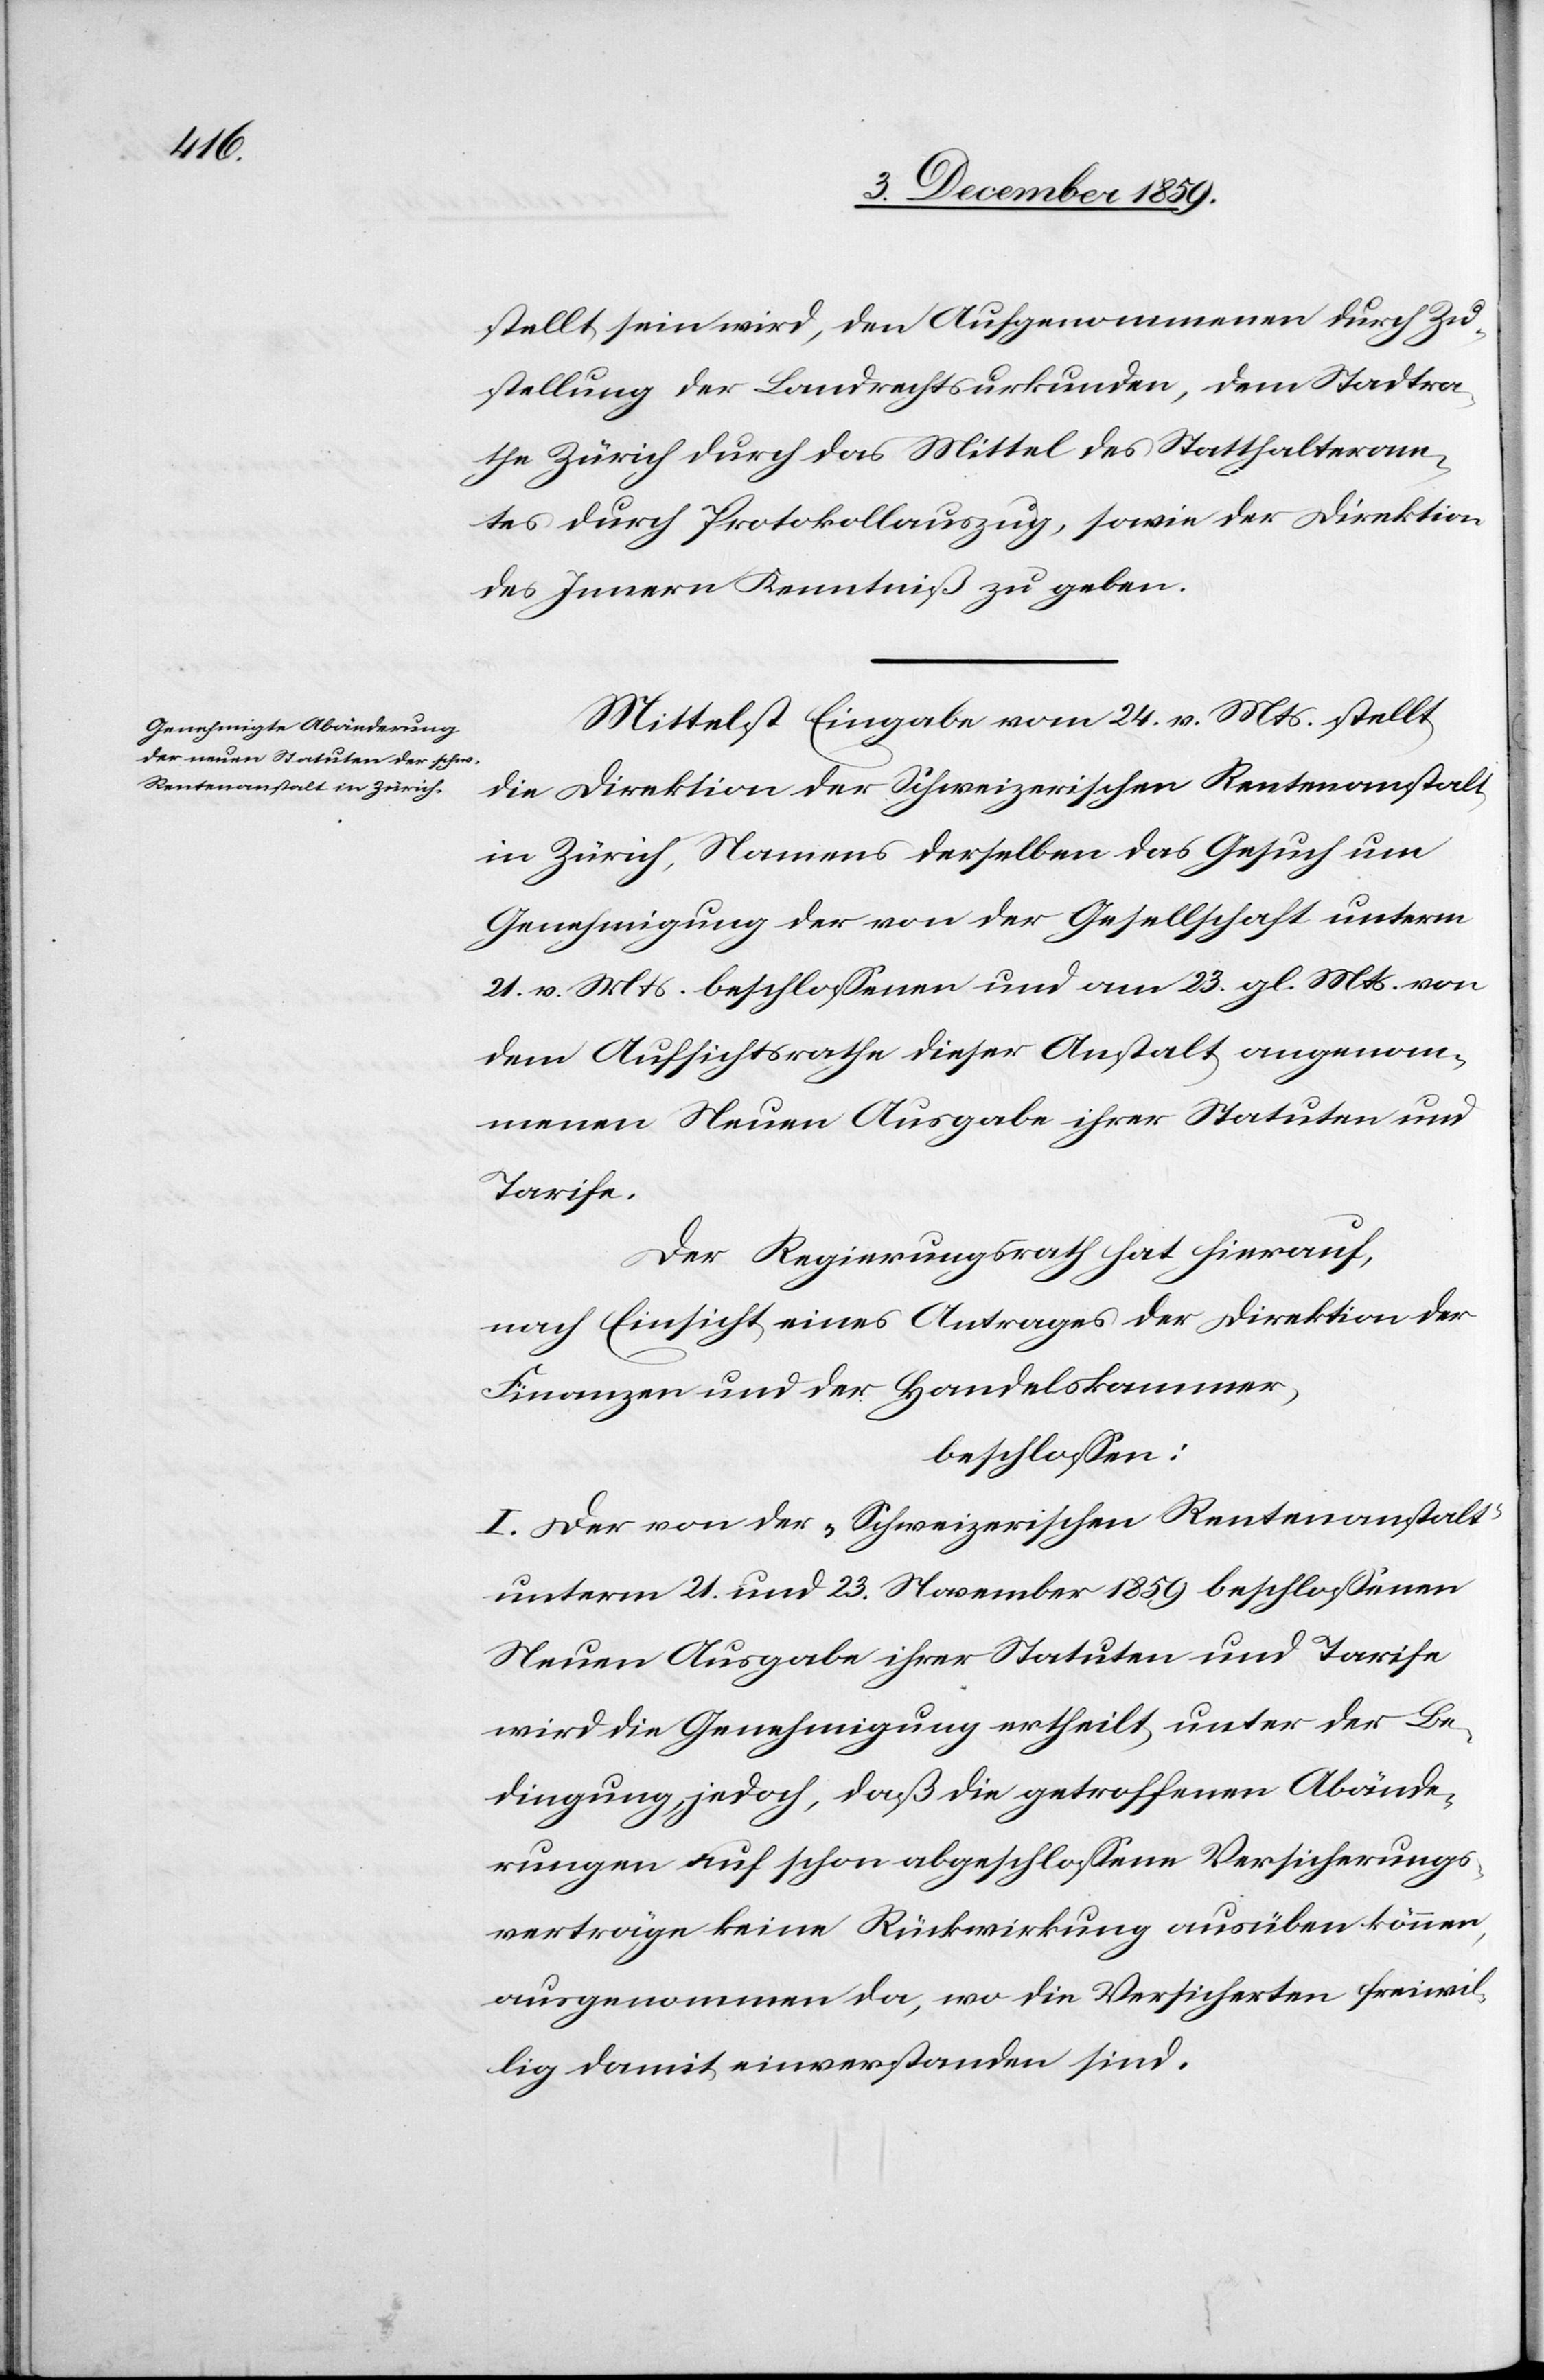
stellt sein wird, den Aufgenommenen durch Zu¬
stellung der Landrechtsurkunden, dem Stadtra¬
the Zürich durch das Mittel des Statthalteram¬
tes durch Protokollauszug, sowie der Direktion
des Innern Kenntniß zu geben.
Mittelst Eingabe vom 24. v. Mts. stellt
die Direktion der Schweizerischen Rentenanstalt
in Zürich, Namens derselben das Gesuch um
Genehmigung der von der Gesellschaft unterm
21. v. Mts. beschlossenen und am 23. gl. Mts. von
dem Aufsichtsrathe dieser Anstalt angenom¬
menen Neuen Ausgabe ihrer Statuten und
Tarife.
Der Regierungsrath hat hierauf,
nach Einsicht eines Antrages der Direktion der
Finanzen und der Handelskammer,
beschlossen:
I. Der von der „Schweizerischen Rentenanstalt“
unterm 21. und 23. November 1859 beschlossenen
Neuen Ausgabe ihrer Statuten und Tarife
wird die Genehmigung ertheilt, unter der Be¬
dingung, jedoch, daß die getroffenen Abände¬
rungen auf schon abgeschlossenen Versicherungs¬
verträge keine Rückwirkung ausüben könne,
ausgenommen da, wo die Versicherten freiwil¬
lig damit einverstanden sind.